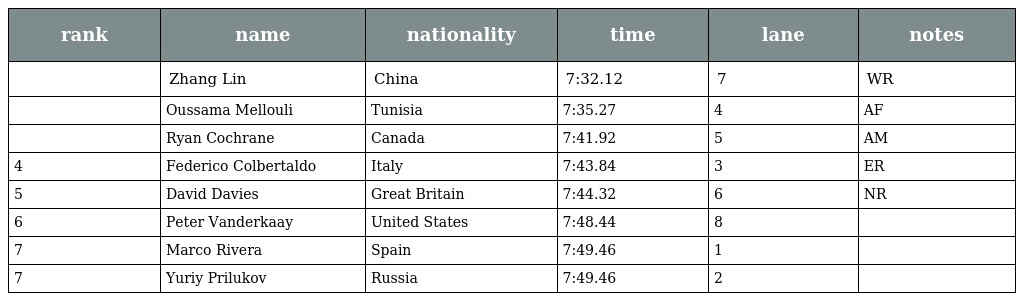
| rank | name | nationality | time | lane | notes |
 | --- | --- | --- | --- | --- | --- |
 |  | Zhang Lin | China | 7:32.12 | 7 | WR |
 |  | Oussama Mellouli | Tunisia | 7:35.27 | 4 | AF |
 |  | Ryan Cochrane | Canada | 7:41.92 | 5 | AM |
 | 4 | Federico Colbertaldo | Italy | 7:43.84 | 3 | ER |
 | 5 | David Davies | Great Britain | 7:44.32 | 6 | NR |
 | 6 | Peter Vanderkaay | United States | 7:48.44 | 8 |  |
 | 7 | Marco Rivera | Spain | 7:49.46 | 1 |  |
 | 7 | Yuriy Prilukov | Russia | 7:49.46 | 2 |  |